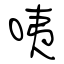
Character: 咦